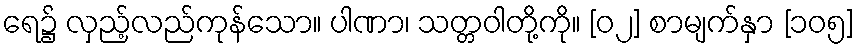
ရေ၌ လှည့်လည်ကုန်သော။ ပါဏာ၊ သတ္တဝါတို့ကို။ [၀၂] စာမျက်နှာ [၁၀၅]